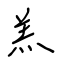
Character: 羔